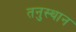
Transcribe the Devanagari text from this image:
तनुस्थान